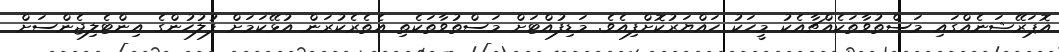
އޮޕަރޭޝަނެއްގައި މަސްތުވާތަކެއްޗާއެކު މީހަކު ހައްޔަރުކޮށްފިއެވެ. މަޑިފުއްޓަށް މަސްތުވާތަކެތި އެތެރެކުރަން އުޅޭކަމަށް ފުލުހުންގެ އިންޓެލިޖެންސަށް